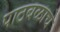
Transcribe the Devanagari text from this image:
पाठबळाचे